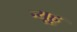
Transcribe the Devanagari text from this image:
न्यूहू